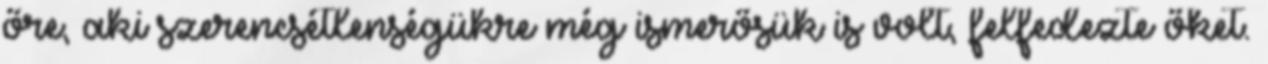
őre, aki szerencsétlenségükre még ismerősük is volt, felfedezte őket.